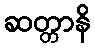
ဆတ္တာနိ